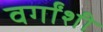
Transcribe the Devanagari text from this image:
वर्गांशी